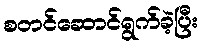
စတင်ဆောင်ရွက်ခဲ့ပြီး